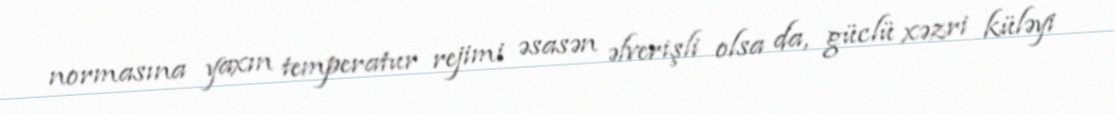
normasına yaxın temperatur rejimi əsasən əlverişli olsa da, güclü xəzri küləyi